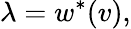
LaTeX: \lambda=w^{*}(v),